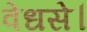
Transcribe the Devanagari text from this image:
वेधसे।